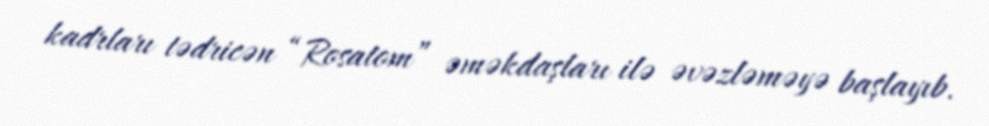
kadrları tədricən “Rosatom” əməkdaşları ilə əvəzləməyə başlayıb.